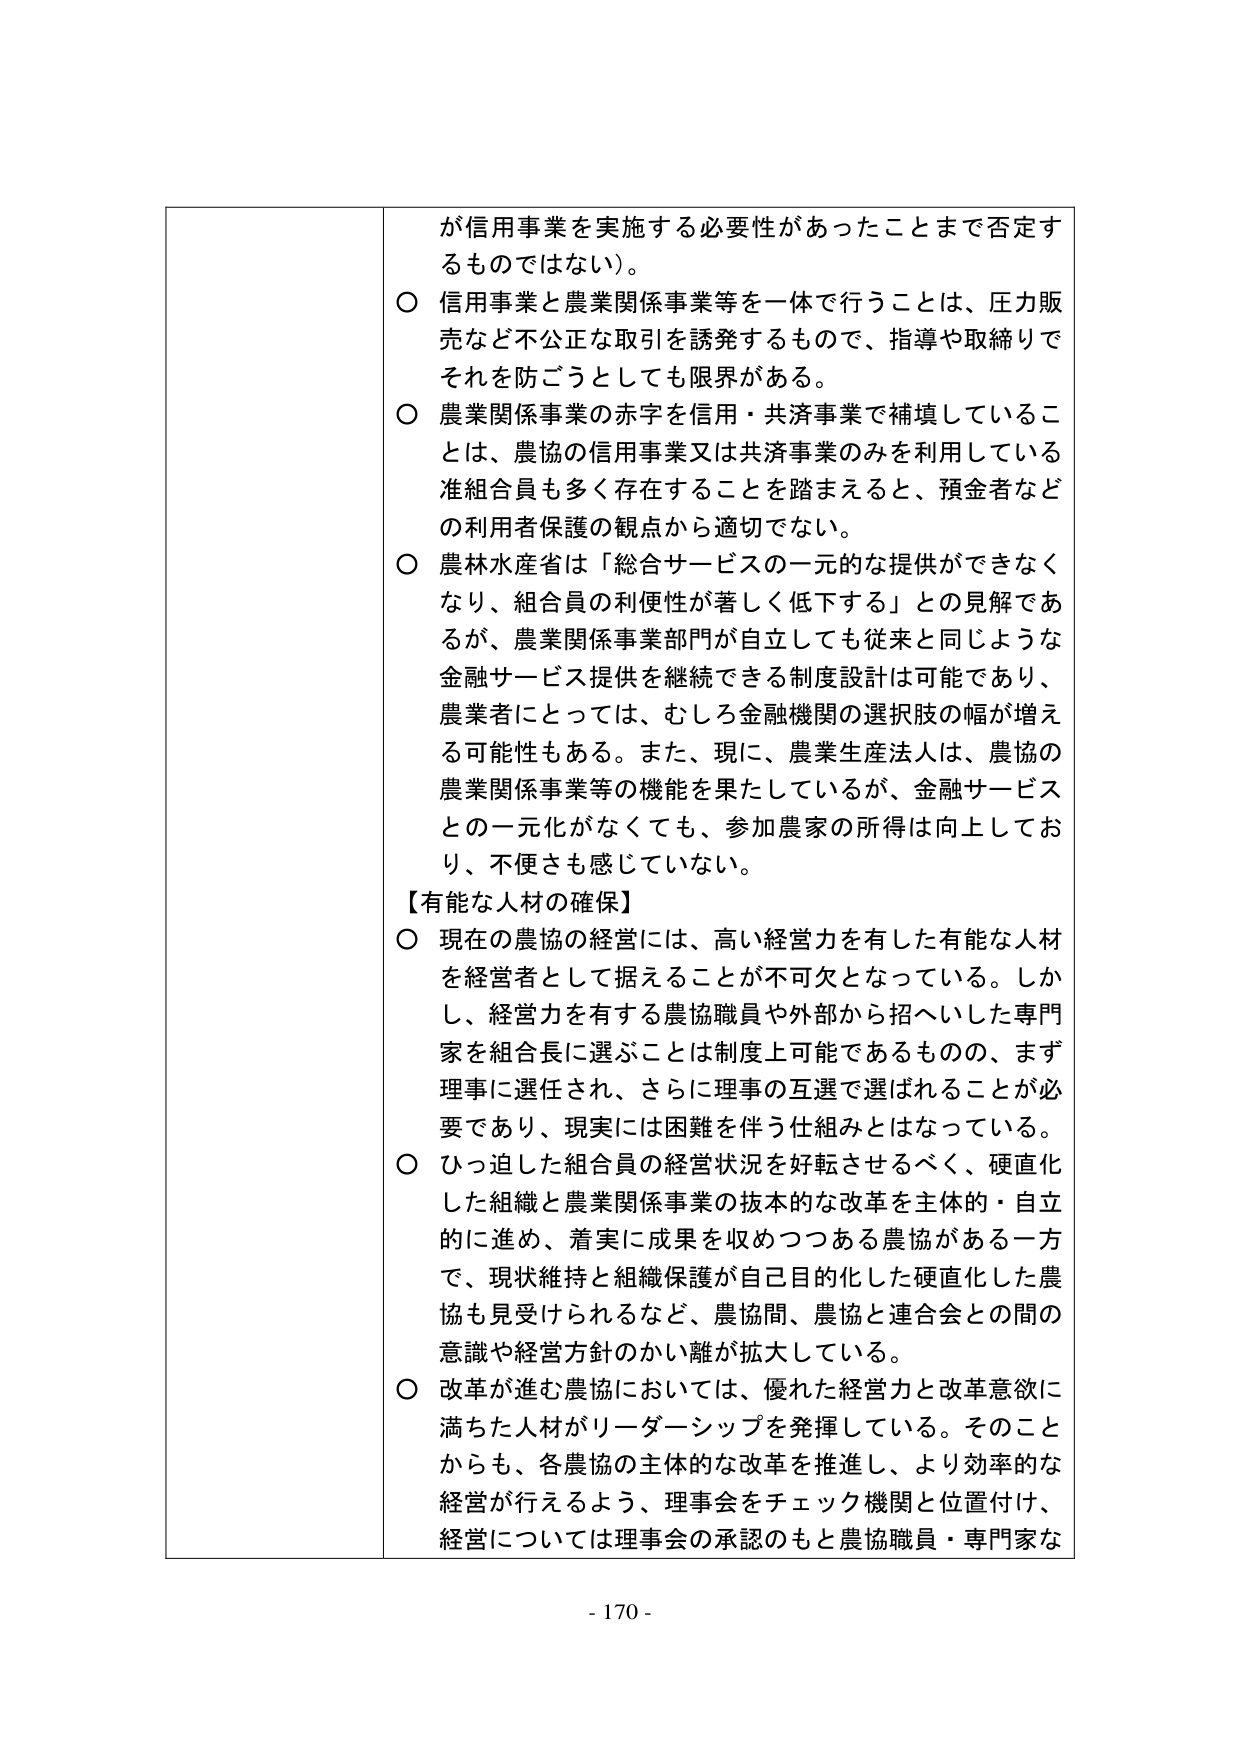
が信用事業を実施する必要性があったことまで否定するものではない）。

○ 信用事業と農業関係事業等を一体で行うことは、圧力販売など不公正な取引を誘発するもので、指導や取締りでそれを防ごうとしても限界がある。

○ 農業関係事業の赤字を信用・共済事業で補填していることは、農協の信用事業又は共済事業のみを利用している准組合員も多く存在することを踏まえると、預金者などの利用者保護の観点から適切でない。

○ 農林水産省は「総合サービスの一元的な提供ができなくなり、組合員の利便性が著しく低下する」との見解であるが、農業関係事業部門が自立しても従来と同じような金融サービス提供を継続できる制度設計は可能であり、農業者にとっては、むしろ金融機関の選択肢の幅が増える可能性もある。また、現に、農業生産法人は、農協の農業関係事業等の機能を果たしているが、金融サービスとの一元化がなくても、参加農家の所得は向上しており、不便さも感じていない。

【有能な人材の確保】

○ 現在の農協の経営には、高い経営力を有した有能な人材を経営者として据えることが不可欠となっている。しかし、経営力を有する農協職員や外部から招へいした専門家を組合長に選ぶことは制度上可能であるものの、まず理事に選任され、さらに理事の互選で選ばれることが必要であり、現実には困難を伴う仕組みとなっている。

○ ひっ迫した組合員の経営状況を好転させるべく、硬直化した組織と農業関係事業の抜本的な改革を主体的・自立的に進め、着実に成果を収めつつある農協がある一方で、現状維持と組織保護が自己目的化した硬直化した農協も見受けられるなど、農協間、農協と連合会との間の意識や経営方針のかい離が拡大している。

○ 改革が進む農協においては、優れた経営力と改革意欲に満ちた人材がリーダーシップを発揮している。そのことからも、各農協の主体的な改革を推進し、より効率的な経営が行えるよう、理事会をチェック機関と位置付け、経営については理事会の承認のもと農協職員・専門家な

- 170 -